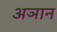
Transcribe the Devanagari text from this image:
अञान